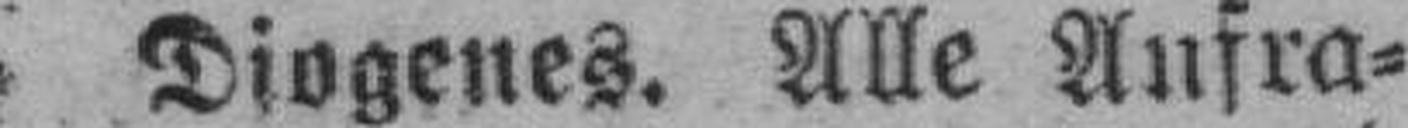
Diogenes. Alle Aufra¬